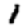
Digit: 1